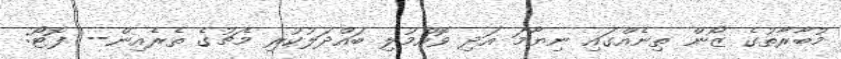
މުބާރާތުގެ ޒޯން ތިނެއްގައި ނިޔާމަ އަދި ވޮއްމުލި ބައްދަލުކުރި މެޗުގެ ތެރެއިން-- ފޮޓޯ: